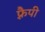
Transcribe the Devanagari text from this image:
फ़्रैपी